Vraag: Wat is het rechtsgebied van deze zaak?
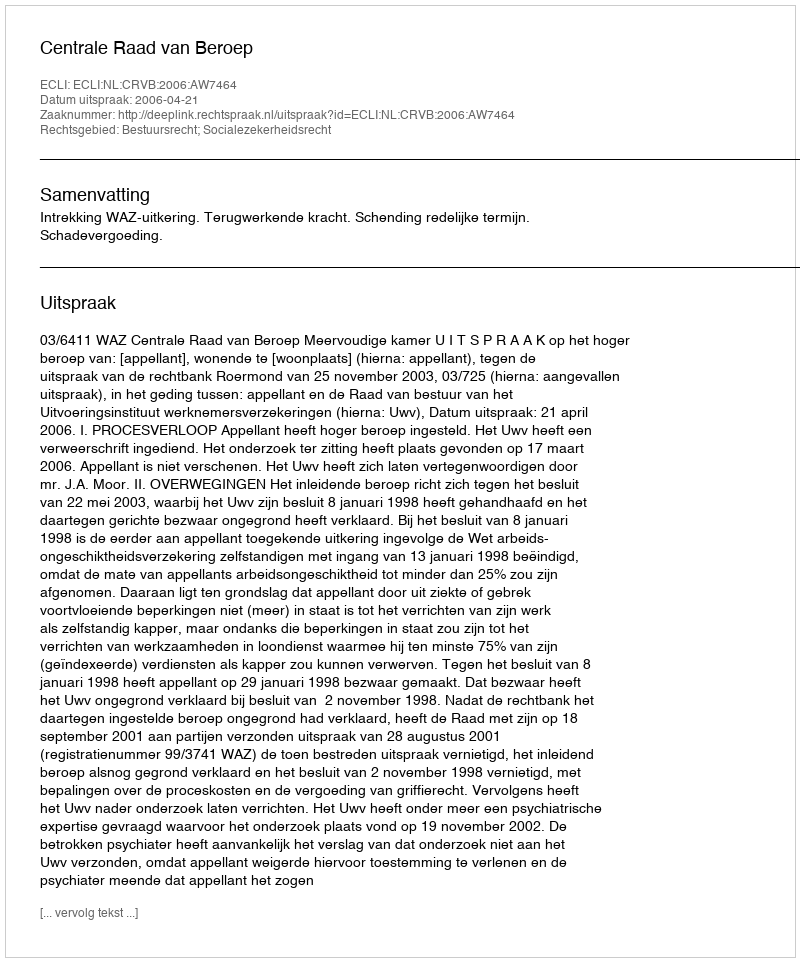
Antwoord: Bestuursrecht; Socialezekerheidsrecht